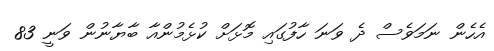
އެހެން ނަމަވެސް ދެ ވަނަ ހާފުގައި މޮޅަށް ކުޅެމުންއާ ބާޔާނުން ވަނީ 83